Vaccination in Bombay 1902-1912 - 1902-1912
Year: 1902
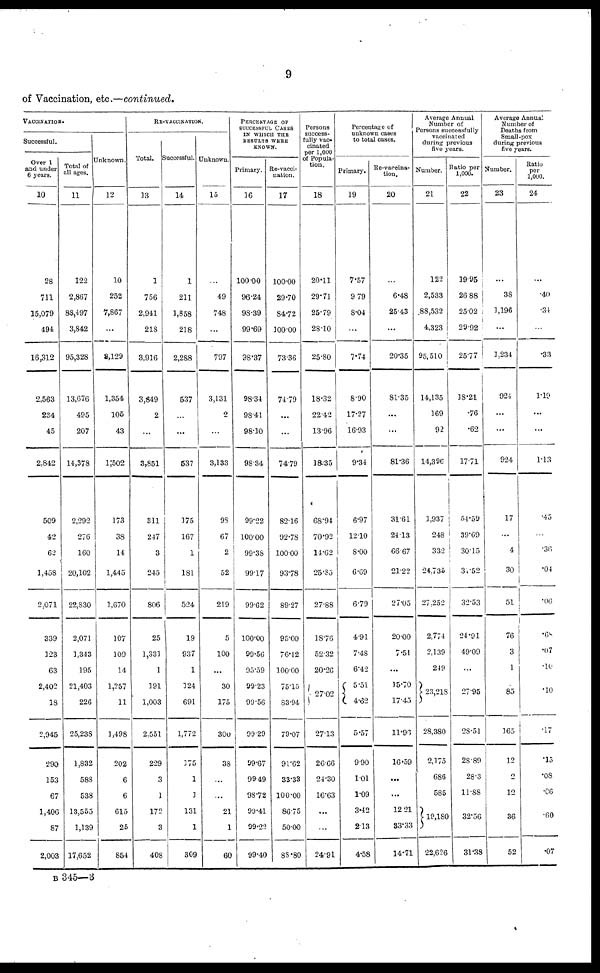
9
of Vaccination, etc.—continued.
VACCINATION.
Successful.
Over
and under
6 years.
10
28
711
15,079
494
16,312
2,563
234
45
2,842
509
42
62
1,458
2,071
339
123
63
2,402
18
2,945
290
153
67
1,406
87
2,003
Total of
all ages.
11
122
2,867
88,497
3,842
95,328
13,676
495
207
14,378
2,292
276
160
20,102
22,830
2,071
1,343
195
21,403
226
25,238
1,832
588
538
13,555
1,139
17,652
Unknown.
12
10
252
7,867
...
8,129
1,354
105
43
1,502
173
38
14
1,445
1,670
107
109
14
1,257
11
1,498
202
6
6
615
25
854
RE-VACCINATION.
Total.
13
1
756
2,941
218
3,916
3,849
2
...
3,851
311
247
3
245
806
25
1,331
1
191
1,003
2,551
229
3
1
172
3
408
Successful.
14
1
211
1,858
218
2,288
537
...
...
537
175
167
1
181
524
19
937
1
124
691
1,772
175
1
1
131
1
309
Unknown.
15
...
49
748
...
797
3,131
2
...
3,133
98
67
2
52
219
5
100
...
30
175
300
38
...
...
21
1
60
PERCENTAGE OF
SUCCESSFUL CASES
IN WHICH THE
RESULTS WERE
KNOWN.
Primary.
16
100.00
96.24
98.39
99.69
98.37
98.34
98.41
98.10
98.34
99.22
100.00
99.38
99.17
99.62
100.00
99.56
95.59
99.23
99.56
99.29
99.67
99.49
98.72
99.41
99.22
99.40
Re-vacci-
nation.
17
100.00
29.70
84.72
100.00
73.36
74.79
...
...
74.79
82.16
92.78
100.00
93.78
89.27
95.00
76.12
100.00
75.15
83.94
79.07
91.62
33.33
100.00
86.75
50.00
88.80
Persons
success-
fully vac-
cinated
per 1,000
of Popula-
tion.
18
20.11
29.71
25.79
28.10
25.80
18.32
22.42
13.96
18.35
68.94
70.92
14.62
25.85
27.88
18.76
52.32
20.26
27.02
27.13
26.66
24.30
16.63
...
...
24.91
Percentage of
unknown cases
to total cases.
Primary.
19
7.57
9.79
8.04
...
7.74
8.90
17.27
16.93
9.34
6.97
12.10
8.00
6.69
6.79
4.91
7.48
6.42
5.51
4.62
5.57
9.90
1.01
1.09
3.42
2.13
4.58
Re-vaccina-
tion.
20
...
6.48
25.43
...
20.35
81.35
...
...
81.36
31.61
24.13
66.67
21.22
27.05
20.00
7.51
...
15.70
17.45
11.96
16.59
...
...
12.21
33.33
14.71
Average Annual
Number of
Persons successfully
vaccinated
during previous
five years.
Number.
21
122
2,533
88,532
4,323
95,510
14,135
169
92
14,396
1,937
248
332
24,735
27,252
2,774
2,139
249
23,218
28,380
2,175
686
585
19,180
22,626
Ratio per
1,000.
22
19.95
26.88
25.02
29.92
25.77
18.21
.76
.62
17.71
54.59
39.69
30.15
31.52
32.53
24.91
49.09
...
27.95
28.51
28.89
28.3
11.88
32.56
31.38
Average Annual
Number of
Deaths from
Small-pox
during previous
five years.
Number.
23
...
38
1,196
...
1,234
924
...
...
924
17
...
4
30
51
76
3
1
85
165
12
2
12
36
52
Ratio
per
1,000.
24
...
.40
.34
...
.33
1.19
...
...
1.13
.45
...
.36
.04
.06
.68
.07
.10
.10
.17
.15
.08
.06
.60
.07
B 345—3